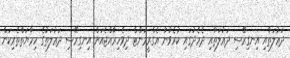
ދަޢުލަތާއި އިނގިރޭސި ދަޢުލަތާއި ދެމެދުގައި ކުރެވުނު އެގްރީމަންޓް ދިވެހިރާއްޖެއަށް އިނގިރޭސި ދަޢުލަތުގެ ހިމާޔަތްތެރިކަން